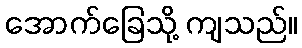
အောက်ခြေသို့ ကျသည်။